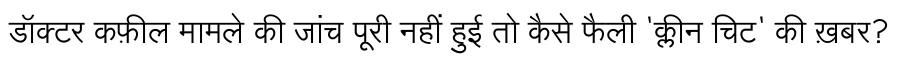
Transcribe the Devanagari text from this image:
डॉक्टर कफ़ील मामले की जांच पूरी नहीं हुई तो कैसे फैली 'क्लीन चिट' की ख़बर?